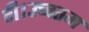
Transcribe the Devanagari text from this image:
दी।उच्चतम